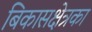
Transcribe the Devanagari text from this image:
बिकासक्षेत्रका